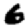
Digit: 6